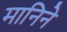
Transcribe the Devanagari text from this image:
मानिने